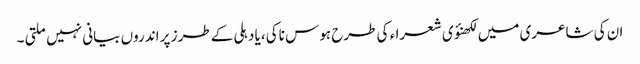
ان کی شاعری میں لکھنؤی شعرا ء کی طرح ہوس ناکی ،یا دہلی کے طرز پر اندروں بیانی نہیں ملتی ۔